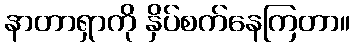
နာတာရှာကို နှိပ်စက်နေကြတာ။